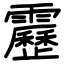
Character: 靂